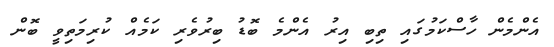
އެންމެން ހާސްކަމުގައި ތިބި އިރު އެންމެ ބޮޑު ބިރުވެރި ކަމެއް ކުރިމަތިވީ ބޮން